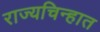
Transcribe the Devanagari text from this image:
राज्यचिन्हात